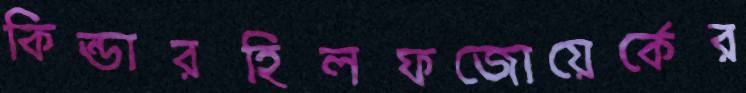
কিন্ডারহিলফজোয়ের্কের